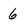
Character: 6